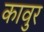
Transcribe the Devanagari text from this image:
कावुर